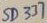
Text: SD337